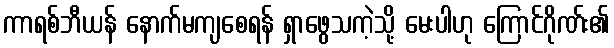
ကာရစ်ဘီယန် နောက်မကျစေရန် ရှာဖွေသကဲ့သို့ မေးပါဟု ကြောင်ဂိုဏ်း၏